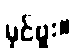
မှင်ဗူး။